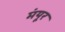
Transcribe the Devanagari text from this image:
मंयूर